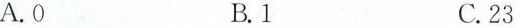
A.0 B.1 C.23